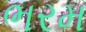
ભરમ